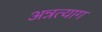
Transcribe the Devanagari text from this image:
अन्नत्याग